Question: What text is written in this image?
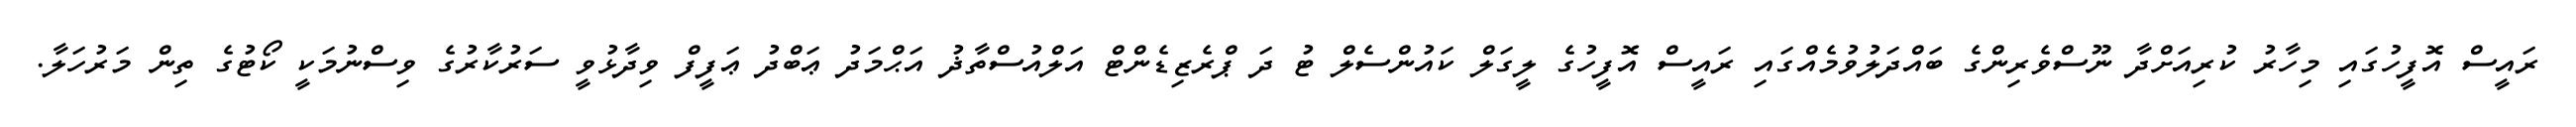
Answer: ރައީސް އޮފީހުގައި މިހާރު ކުރިއަށްދާ ނޫސްވެރިންގެ ބައްދަލުވުމެއްގައި ރައީސް އޮފީހުގެ ލީގަލް ކައުންސެލް ޓު ދަ ޕްރެޒިޑެންޓް އަލްއުސްތާޛު އަޙްމަދު ޢަބްދު ޢަފީފް ވިދާޅުވީ ސަރުކާރުގެ ވިސްނުމަކީ ކޯޓުގެ ތިން މަރުހަލާ.